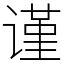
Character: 谨